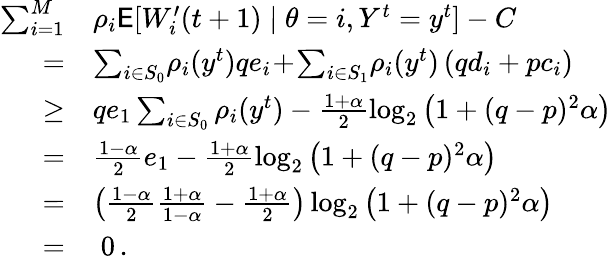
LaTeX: \begin{array}{rl}{\sum_{i=1}^{M}}&{\rho_{i}\mathsf{E}[W_{i}^{\prime}(t+1)\mid\theta=i,Y^{t}=y^{t}]-C}\\ {=}&{\sum_{i\in S_{0}}\! \rho_{i}(y^{t})qe_{i}\! +\! \sum_{i\in S_{1}}\! \rho_{i}(y^{t})\left(qd_{i}+pc_{i}\right)}\\ {\ge}&{qe_{1}\sum_{i\in S_{0}}\rho_{i}(y^{t})-\frac{1+\alpha}{2}\log_{2}\left(1+(q-p)^{2}\alpha\right)}\\ {=}&{\frac{1-\alpha}{2}e_{1}-\frac{1+\alpha}{2}\log_{2}\left(1+(q-p)^{2}\alpha\right)}\\ {=}&{\left(\frac{1-\alpha}{2}\frac{1+\alpha}{1-\alpha}-\frac{1+\alpha}{2}\right)\log_{2}\left(1+(q-p)^{2}\alpha\right)}\\ {=}&{\; 0\, .}\end{array}